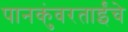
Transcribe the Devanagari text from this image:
पानकुंवरताईंचे